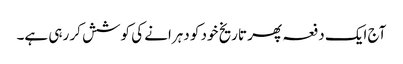
آج ایک دفعہ پھر تاریخ خود کو دہرانے کی کوشش کر رہی ہے۔